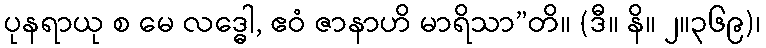
ပုနရာယု စ မေ လဒ္ဓေါ, ဧဝံ ဇာနာဟိ မာရိသာ”တိ။ (ဒီ။ နိ။ ၂။၃၆၉)၊